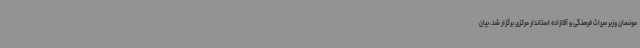
مونسان وزیر میراث فرهنگی و آقازاده استاندار مرکزی برگزار شد، بیان